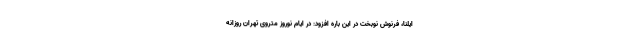
ایلنا، فرنوش نوبخت در این باره افزود: در ایام نوروز متروی تهران روزانه